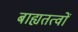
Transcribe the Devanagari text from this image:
बाह्यतत्वों